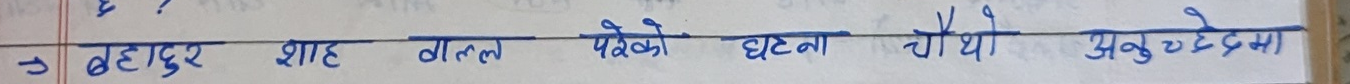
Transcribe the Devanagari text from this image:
बहादुर शाह ज्ञात परेको घटना चौथो अनुच्छेदमा